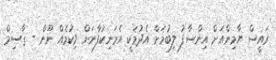
ރައީސް ޔާމިންއަށް އިންސާފު ލިބުމަށް އެދުމަކީ އެމަނިކުފާނަށް ވިކުމެއް ނޫން - ޤާސިމް